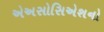
એઅસોસિએશનો